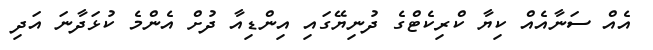
އެއް ސަނާއެއް ކިޔާ ކްރިކެޓްގެ ދުނިޔޭގައި އިންޑިއާ ދުށް އެންމެ ކުޅަދާނަ އަދި